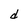
Character: d